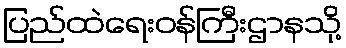
ပြည်ထဲရေးဝန်ကြီးဌာနသို့